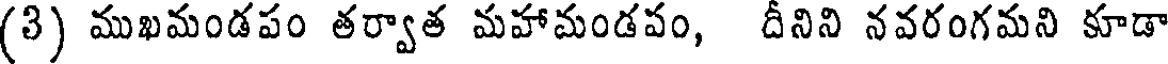
(3) ముఖమండపం తర్వాత మహామండపం, దీనిని నవరంగమని కూడా